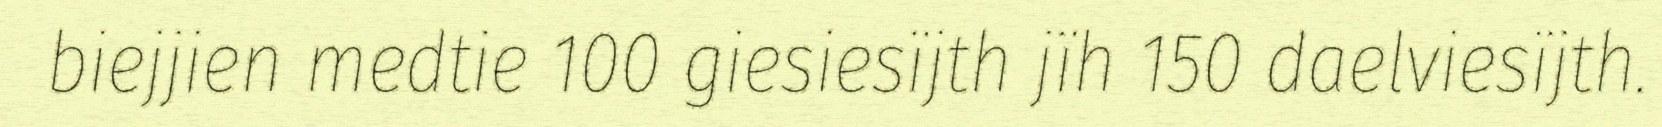
biejjien medtie 100 giesiesïjth jïh 150 daelviesïjth.